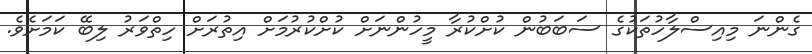
ގެންނަ މިއިސްލާހުތަކުގެ ސަބަބުން ކުށްކުރާ މީހުންނަށް ކުށްކުރުމަށް އިތުރަށް ހިތްވަރު ލިބޭ ކަމަށެވެ.